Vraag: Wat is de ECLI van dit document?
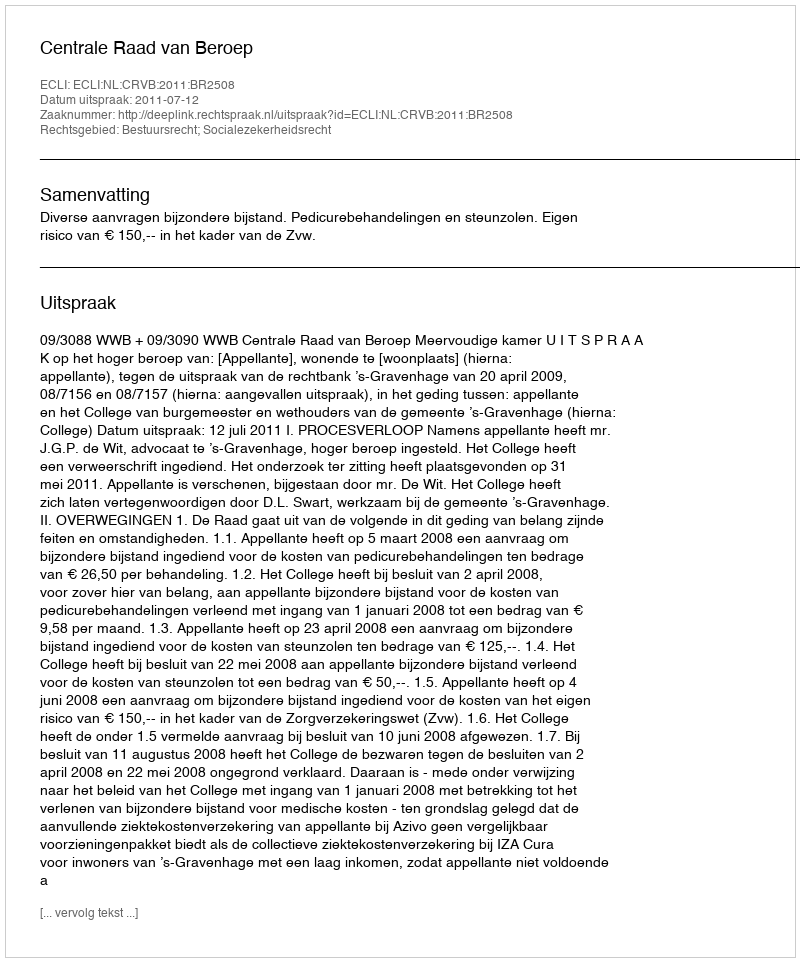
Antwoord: ECLI:NL:CRVB:2011:BR2508